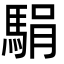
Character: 駽